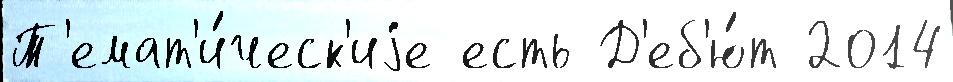
Т'емат'и́ческ'иjе есть Д'еб'ю́т 2014